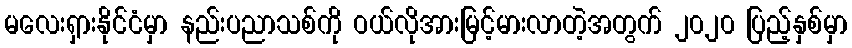
မလေးရှားနိုင်ငံမှာ နည်းပညာသစ်ကို ဝယ်လိုအားမြင့်မားလာတဲ့အတွက် ၂၀၂၀ ပြည့်နှစ်မှာ